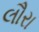
લૌરા